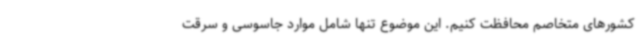
کشورهای متخاصم محافظت کنیم. این موضوع تنها شامل موارد جاسوسی و سرقت